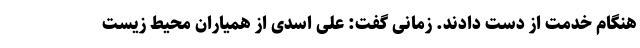
هنگام خدمت از دست دادند. زمانی گفت: علی اسدی از همیاران محیط زیست